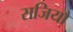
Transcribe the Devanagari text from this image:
सजियौ